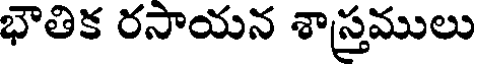
భౌతిక రసాయన శాస్రములు